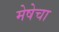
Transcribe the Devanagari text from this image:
मेषेचा